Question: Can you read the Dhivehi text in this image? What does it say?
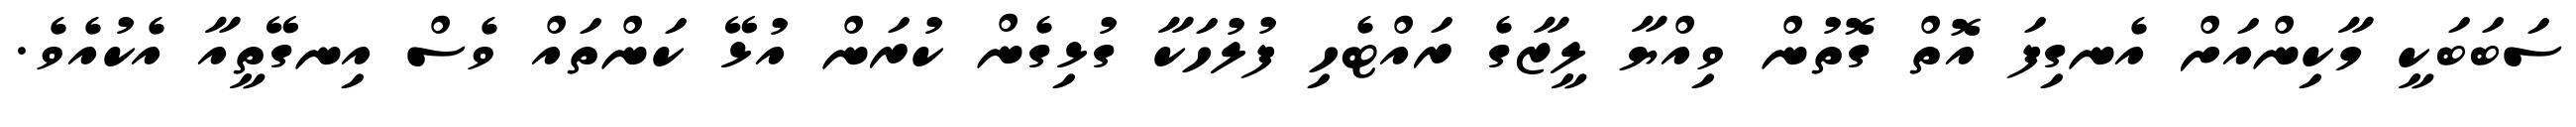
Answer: ސަބަބަކީ މާކިންއަށް އެނގިފަ އޮތް ގޮތުން ވިއްޔާ ލީޒާގެ ރައްޓެހި ފުލުހަކާ ގުޅިގެން ކުރަން އުޅޭ ކަންތައް ވެސް އިނގޭތީއާ އެކުއެވެ.